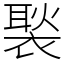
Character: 褧